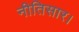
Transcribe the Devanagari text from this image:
नीतिसार।